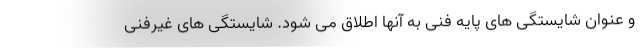
و عنوان شایستگی های پایه فنی به آنها اطلاق می شود. شایستگی های غیرفنی